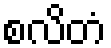
စလိတံ